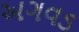
અગવડ